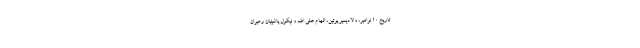
تاریخ ۱۰ نوامبر، ولادیمیر پوتین، الهام علی اف و نیکول پاشینیان رهبران